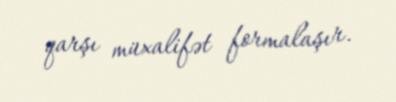
qarşı müxalifət formalaşır.